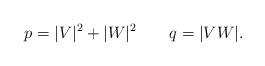
LaTeX: \begin{align*} p = |V|^{2}+|W|^{2} \qquad q = |VW|. \end{align*}